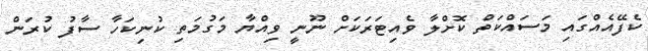
ކެފޭއެއްގައި މަސައްކަތް ކޮށްލާ ވެއިޓަރަކަށް ނޫނީ ވިއްޔާ މަގުމަތި ކުނިކަހާ ސާފު ކުރަން